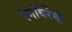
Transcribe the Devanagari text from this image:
रंगबिरेंगी